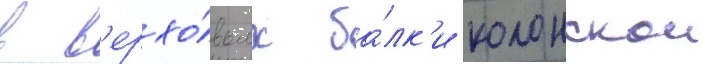
в в'ерхо́вьях ба́лк'и колонскои